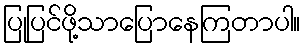
ပြုပြင်ဖို့သာပြောနေကြတာပါ။